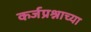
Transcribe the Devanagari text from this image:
कर्जप्रश्नाच्या